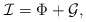
\begin{align*} \mathcal{I}=\Phi+\mathcal{G},\end{align*}